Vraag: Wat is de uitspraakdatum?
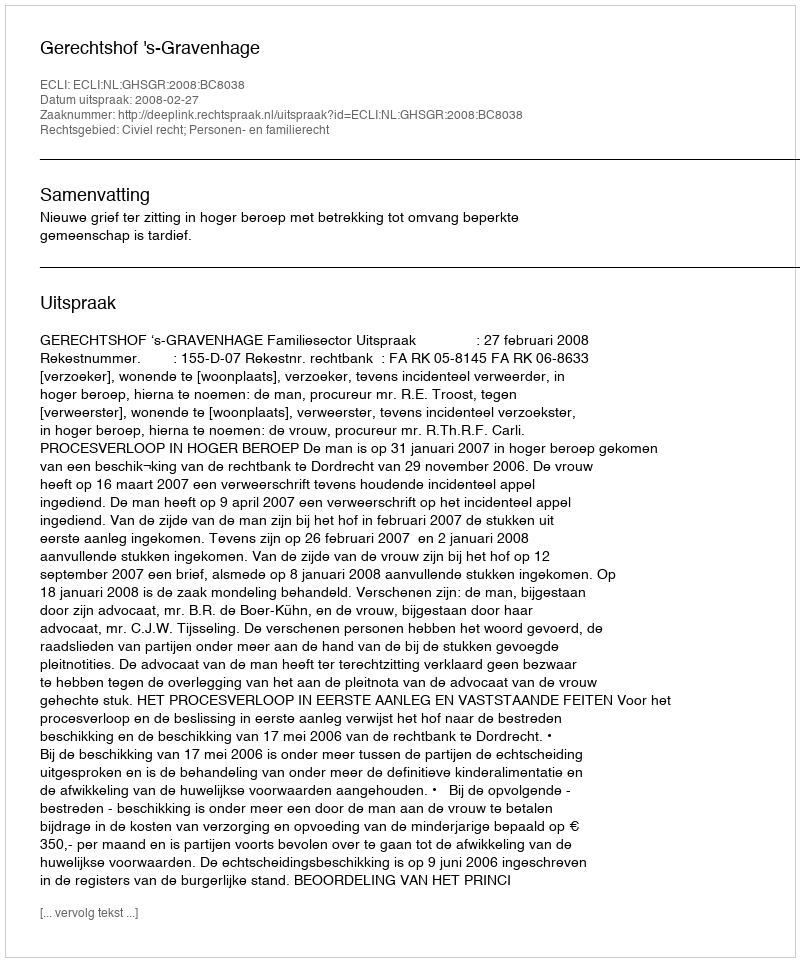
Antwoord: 2008-02-27